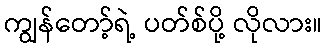
ကျွန်တော့်ရဲ့ ပတ်စ်ပို့ လိုလား။